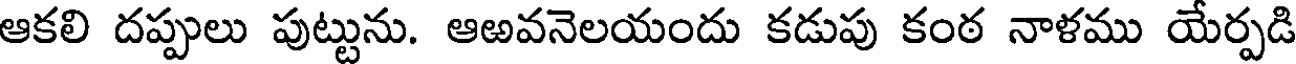
ఆకలి దప్పులు పుట్టును. ఆఱవనెలయందు కడుపు కంఠ నాళము యేర్పడి